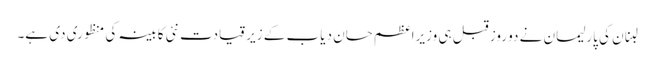
لبنان کی پارلیمان نے دو روز قبل ہی وزیراعظم حسان دیاب کے زیر قیادت نئی کابینہ کی منظوری دی ہے۔